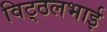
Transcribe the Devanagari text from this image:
विट्‍ठलभाई